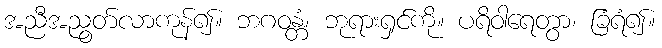
အညီအညွတ်လာကုန်၍။ ဘဂဝန္တံ၊ ဘုရားရှင်ကို။ ပရိဝါရေတွာ၊ ခြံရံ၍။